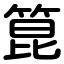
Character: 箟